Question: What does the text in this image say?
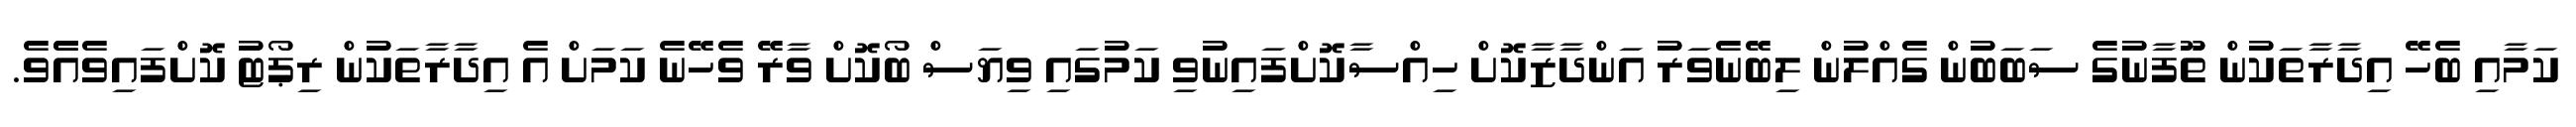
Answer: ކަމާއި ބެހޭ އިދާރާތަކުން ތޫފާނުގެ ސަބަބުން ގެއްލުން ލިބޭނެވަރު އަންދާޒާކޮށް ހިއްސާކޮށްފައިނުވި ކަމުގައި ވިޔަސް ބޯކޮށް ވާރޭ ވެހޭނެ ކަމަށް އެ އިދާރާތަކުން ރިޕޯޓު ކޮށްފައިވެއެެވެ.